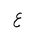
Letter: _ayn